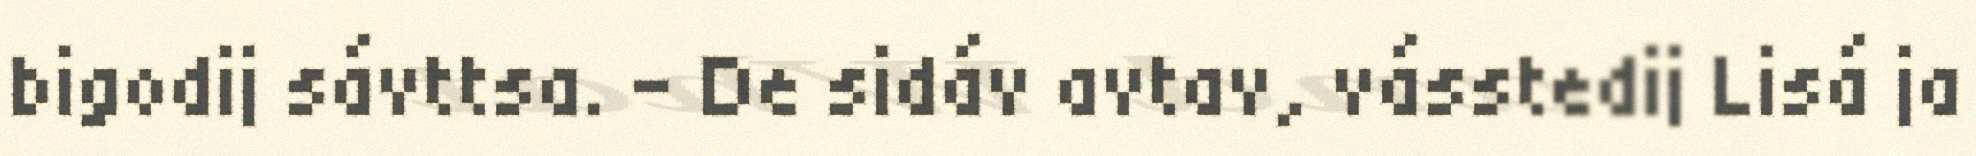
bigodij sávttsa. – De sidáv avtav, vásstedij Lisá ja